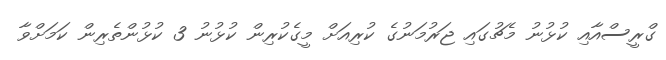
ގްރީސްއާއި ކުޅުނު މެޗުގައި ޖަރުމަނުގެ ކުރިއަށް މީގެކުރިން ކުޅުނު 3 ކުޅުންތެރިން ކަމަށްވާ